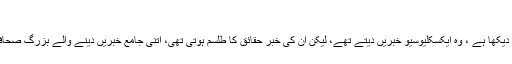
‘‘
میں نے اپنے کیرئیر میں بلند قامت رپورٹرزکو اپنی بیٹ پرکام کرتے دیکھا ہے ، وہ ایکسکلیوسیو خبریں دیتے تھے، لیکن ان کی خبر حقائق کا طلسم ہوتی تھی، اتنی جامع خبریں دینے والے بزرگ صحافیوں اور ان کے بعد نوجوان رپورٹرز کے ناموں کی لمبی فہرست ہے۔